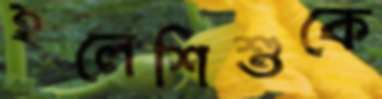
হলেশিশুকে